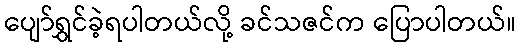
ပျော်ရွှင်ခဲ့ရပါတယ်လို့ ခင်သဇင်က ပြောပါတယ်။